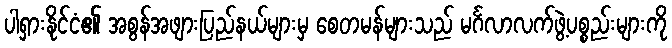
ပါရှားနိုင်ငံ၏ အစွန်အဖျားပြည်နယ်များမှ စေတမန်များသည် မင်္ဂလာလက်ဖွဲ့ပစ္စည်းများကို